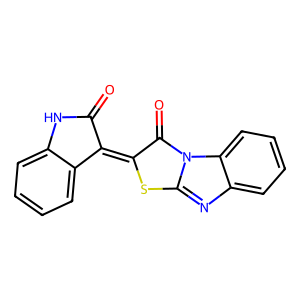
SMILES: O=C1Nc2ccccc2C1=c1sc2nc3ccccc3n2c1=O
Inhibits HIV replication: No